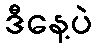
ဒီနေ့ပဲ